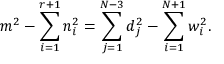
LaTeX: m ^ { 2 } - \sum _ { i = 1 } ^ { r + 1 } n _ { i } ^ { 2 } = \sum _ { j = 1 } ^ { N - 3 } d _ { j } ^ { 2 } - \sum _ { i = 1 } ^ { N + 1 } w _ { i } ^ { 2 } .